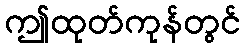
ဤထုတ်ကုန်တွင်